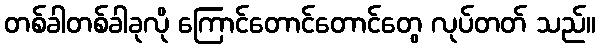
တစ်ခါတစ်ခါခုလို ကြောင်တောင်တောင်တွေ လုပ်တတ် သည်။